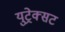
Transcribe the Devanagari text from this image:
युट्रेक्सट